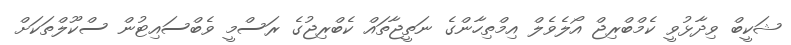
ޝަކީބް ވިދާޅުވީ ކެމްބްރިޖް އޯލެވެލް އިމްތިހާންގެ ނަތީޖާތައް ކެބްރިޖުގެ ރަސްމީ ވެބްސައިޓުން ސްކޫލްތަކަށް